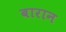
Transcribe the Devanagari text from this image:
बारान